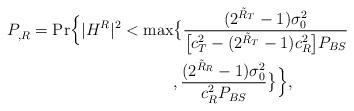
LaTeX: \begin{align*} P^{}_{,R} = \mathrm{Pr}\Big\{ |H^R|^2 < \max &\big\{\frac{(2^{\Tilde{R}_T}-1)\sigma^2_0}{\big[c^2_T-(2^{\Tilde{R}_T}-1)c^2_R\big]P_{BS}}\\ &, \frac{(2^{\Tilde{R}_R}-1)\sigma^2_0}{c^2_RP_{BS}} \big\} \Big\},\end{align*}